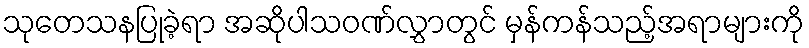
သုတေသနပြုခဲ့ရာ အဆိုပါသဝဏ်လွှာတွင် မှန်ကန်သည့်အရာများကို